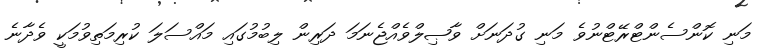
މަނި ކޮންސެންޓްރޭޓްނުވެ މަނި ގުދަނަށް ވާޞިލްވެއްޖެނަމަ ދަރިން ލިބުމުގައި މައްސަލަ ކުރިމަތިވުމަކީ ވެދާނެ